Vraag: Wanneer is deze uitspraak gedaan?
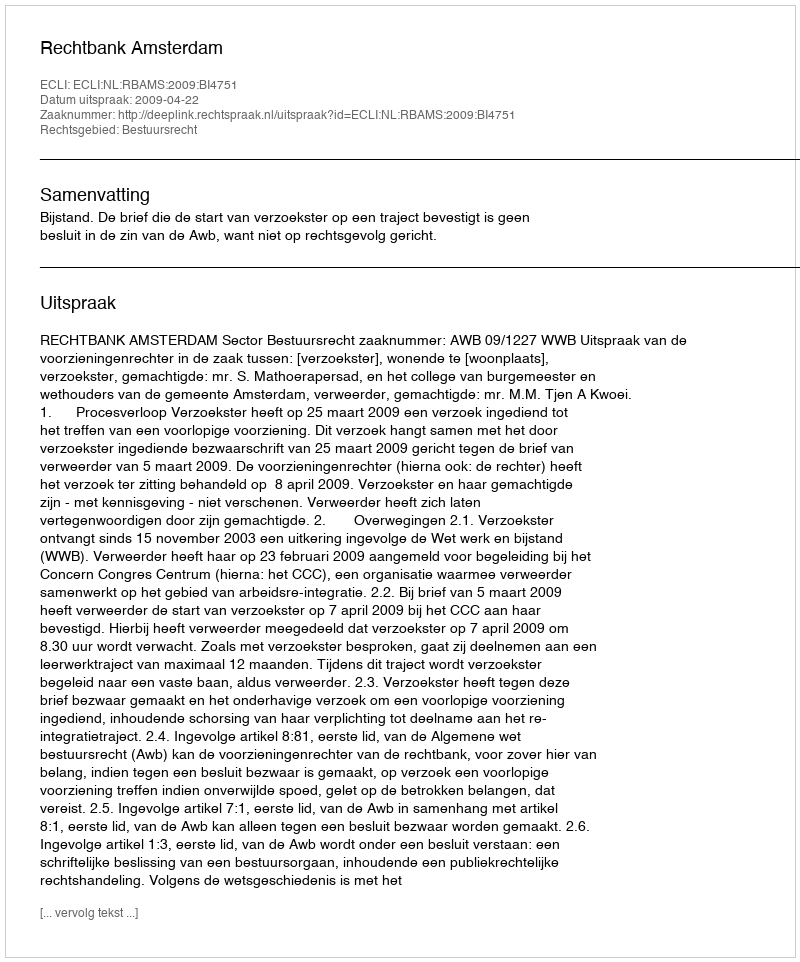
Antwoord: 2009-04-22